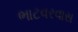
ભાટવરવાસ